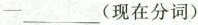
-___(现在分词)